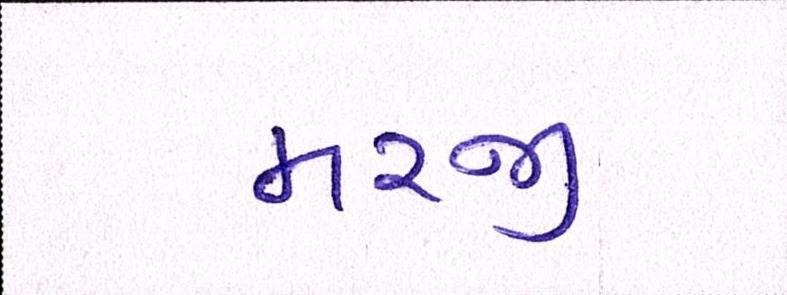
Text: મરજી